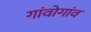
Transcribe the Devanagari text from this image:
गांवोगांव